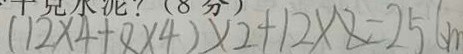
( 1 2 \times 4 + 8 \times 4 ) \times 2 + 1 2 \times 8 = 2 5 c m